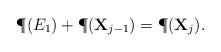
LaTeX: \begin{align*}\P(E_1) + \P(\mathbf{X}_{j-1} ) =\P(\mathbf{X}_j ).\end{align*}